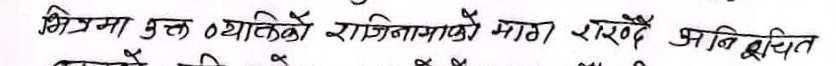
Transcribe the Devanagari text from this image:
भित्रमा मुक्त व्यक्तिको राजीनामाको माग।
सार्वजनिक स्थित